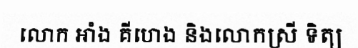
លោក អាំង គីហេង និងលោកស្រី ទិត្យ